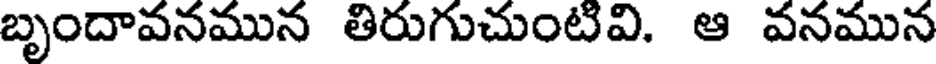
బృందావనమున తిరుగుచుంటివి. ఆ వనమున